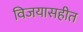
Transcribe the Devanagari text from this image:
विजयासहीत